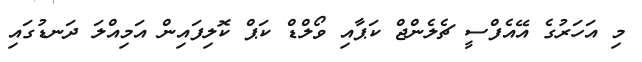
މި އަހަރުގެ އޭއެފްސީ ޗެލެންޖް ކަޕާއި ވޯލްޑް ކަޕް ކޮލިފައިން އަމިއްލަ ދަނޑުގައި